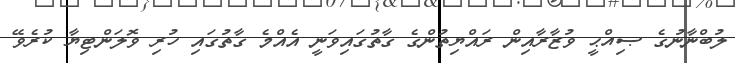
ލުބްނާނުގެ ޞިއްޙީ ވުޒާރާއިން ރައްޔިތުންގެ ގާތުގައިވަނީ އެއްމެ ގާތުގައި ހުރި ވޮލަންޓިޔާ ކުރެވޭ